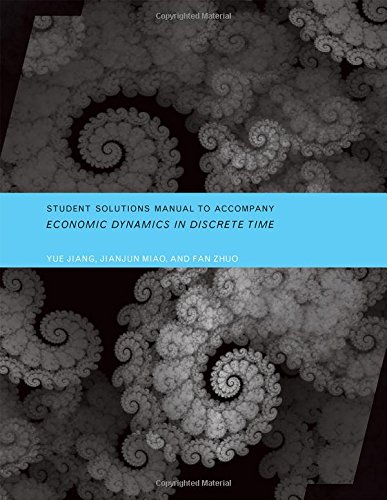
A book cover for Student Solutions Manual to Accompany Economic Dynamics in Discrete                 Time; Yue Jiang; Business & Money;